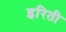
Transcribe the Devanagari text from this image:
इरिती